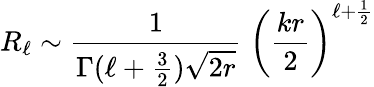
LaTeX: R_{\ell}\sim{\frac{1}{\Gamma(\ell+{\frac{3}{2}})\sqrt{2r}}}\; \left({\frac{kr}{2}}\right)^{\ell+{\frac{1}{2}}}